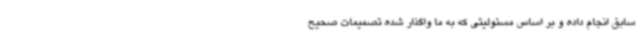
سابق انجام داده و بر اساس مسئولیتی که به ما واگذار شده تصمیمات صحیح